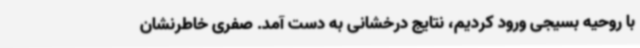
با روحیه بسیجی ورود کردیم، نتایج درخشانی به دست آمد. صفری خاطرنشان